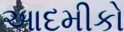
આદમીકો